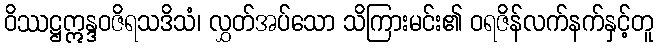
ဝိဿဋ္ဌဣန္ဒဝဇိရသဒိသံ၊ လွှတ်အပ်သော သိကြားမင်း၏ ဝရဇိန်လက်နက်နှင့်တူ